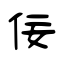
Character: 佞